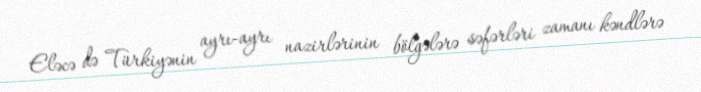
Eləcə də Türkiyənin ayrı-ayrı nazirlərinin bölgələrə səfərləri zamanı kəndlərə